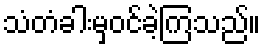
သံတံခါးမှဝင်ခဲ့ကြသည်။